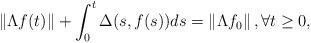
LaTeX: \begin{align*}\left\| \Lambda f(t)\right\|+\int_0^t\Delta(s,f(s))ds =\left\| \Lambda f_0\right\|, \forall t\geq 0, \end{align*}